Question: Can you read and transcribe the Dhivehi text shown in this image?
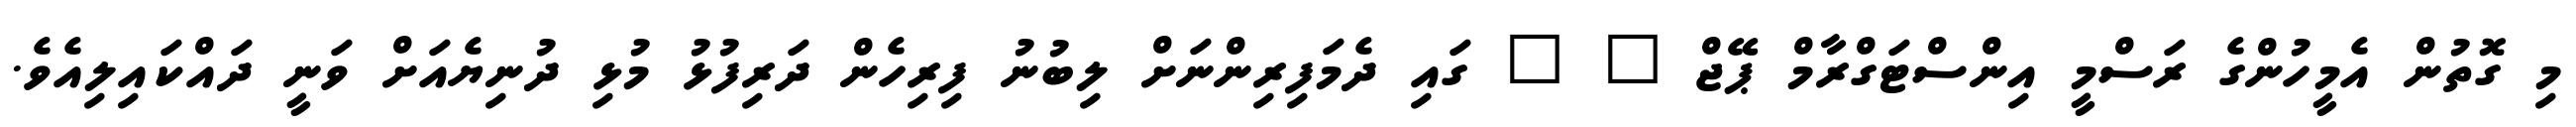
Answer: މި ގޮތުން އެމީހުންގެ ރަސްމީ އިންސްޓަގްރާމް ޕޭޖް " " ގައި ދެމަފިރިންނަށް ލިބުނު ފިރިހެން ދަރިފުޅު މުޅި ދުނިޔެއަށް ވަނީ ދައްކައިލިއެވެ.